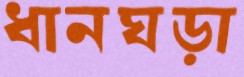
ধানঘড়া